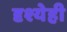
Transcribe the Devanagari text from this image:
दृश्येही